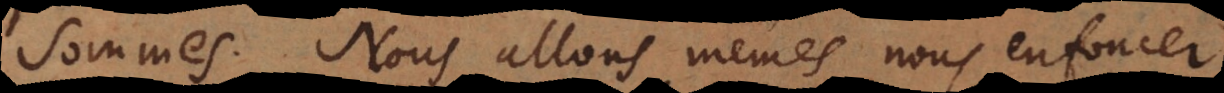
sommes. Nous allons mêmes nous enfoncer